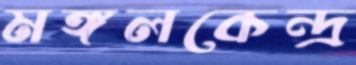
মঙ্গলকেন্দ্র